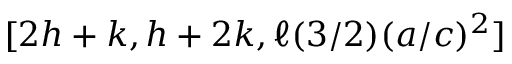
[ 2 h + k , h + 2 k , \ell ( 3 / 2 ) ( a / c ) ^ { 2 } ]